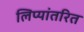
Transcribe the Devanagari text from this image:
लिप्यांतरित